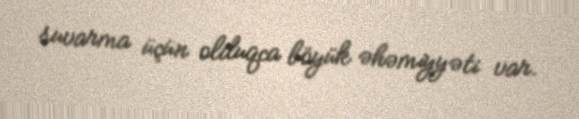
suvarma üçün olduqca böyük əhəmiyyəti var.